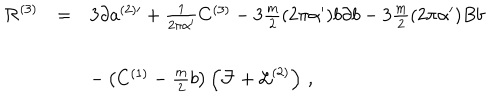
\begin{array} { r c l } { { { \cal R } ^ { ( 3 ) } } } & { { = } } & { { 3 \partial a ^ { ( 2 ) \prime } + { \textstyle \frac { 1 } { 2 \pi \alpha ^ { \prime } } } C ^ { ( 3 ) } - 3 { \textstyle \frac { m } { 2 } } ( 2 \pi \alpha ^ { \prime } ) b \partial b - 3 { \textstyle \frac { m } { 2 } } ( 2 \pi \alpha ^ { \prime } ) B b } } \\ { { } } & { { } } & { { } } \\ { { } } & { { } } & { { - \left( C ^ { ( 1 ) } - { \textstyle \frac { m } { 2 } b } \right) \left( { \cal F } + { \cal L } ^ { ( 2 ) } \right) \, , } } \\ \end{array}